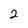
Character: 2